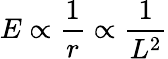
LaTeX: E\propto{\frac{1}{r}}\propto{\frac{1}{L^{2}}}